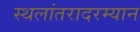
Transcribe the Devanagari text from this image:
स्थलांतरादरम्यान